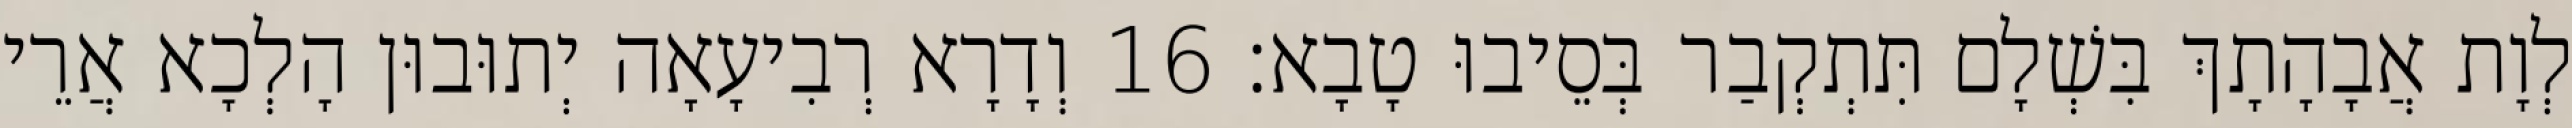
לְוָת אֲבָהָתָךְ בִּשְׁלָם תִּתְקְבַר בְּסֵיבוּ טָבָא׃ 16 וְדָרָא רְבִיעָאָה יְתוּבוּן הָלְכָא אֲרֵי